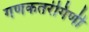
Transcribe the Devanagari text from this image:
गणकतरंगिणी